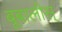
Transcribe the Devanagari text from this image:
बूबालीस्